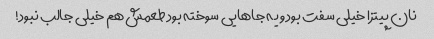
نان پیتزا خیلی سفت بود و یه جاهایی سوخته بود طعمش هم خیلی جالب نبود!